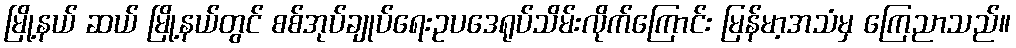
မြို့နယ် ဆယ် မြို့နယ်တွင် စစ်အုပ်ချုပ်ရေးဥပဒေရုပ်သိမ်းလိုက်ကြောင်း မြန်မာ့အသံမှ ကြေညာသည်။